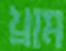
খ্রাম